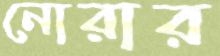
নোরার